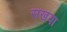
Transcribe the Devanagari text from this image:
सखया